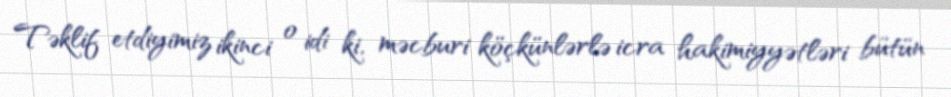
Təklif etdiyimiz ikinci o idi ki, məcburi köçkünlərlə icra hakimiyyətləri bütün